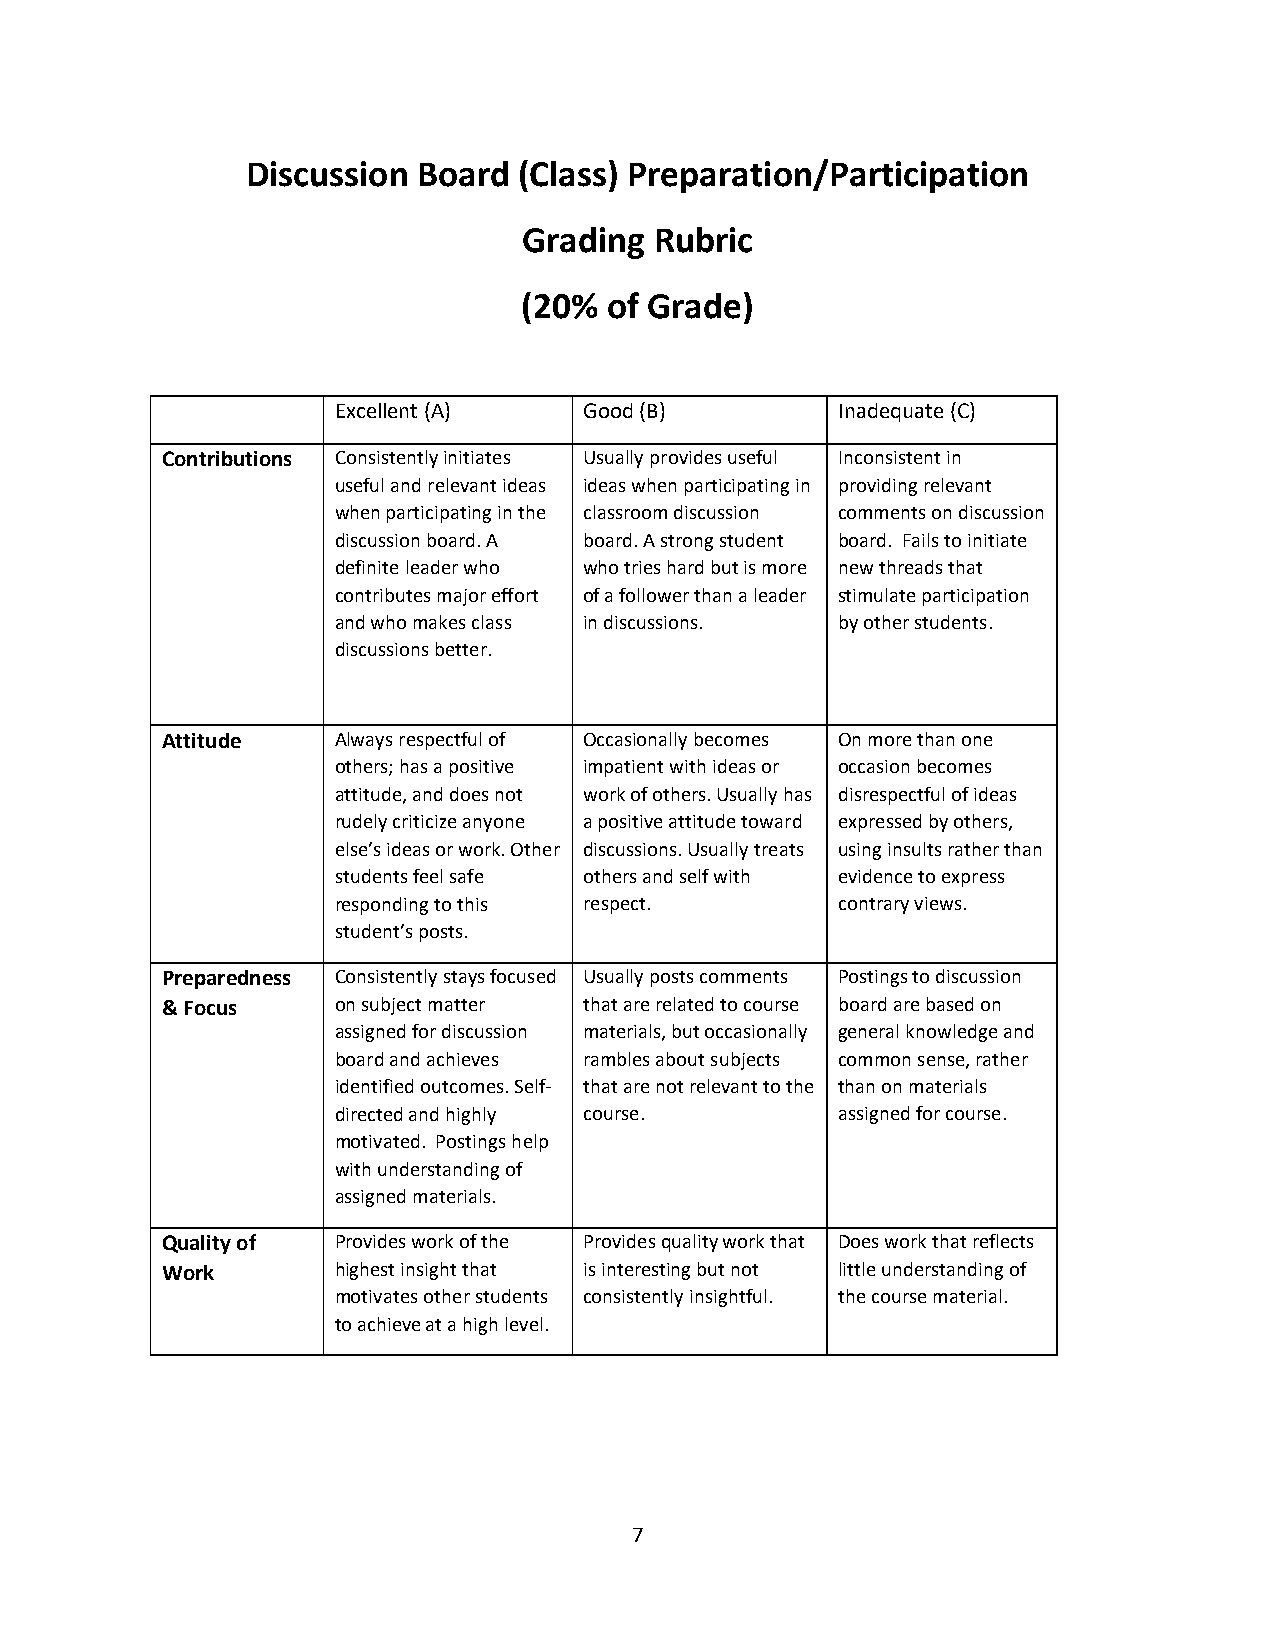
Discussion  Board (Class) Preparation/Participation
 Grading Rubric
 (20% of Grade)
 Excellent (A)    Good (B)        Inadequate (C)
 Contributions Consistently initiates Usually provides useful Inconsistent in
 useful and relevant ideas ideas when participating in providing relevant
 when participating in the classroom discussion comments on discussion
 discussion board. A board. A strong student board. Fails to initiate
 definite leader who who tries hard but is more new threads that
 contributes major effort of a follower than a leader stimulate participation
 and who makes class in discussions. by other students.
 discussions better.
 Attitude   Always respectful of Occasionally becomes On more than one
 others; has a positive impatient with ideas or occasion becomes
 attitude, and does not work of others. Usually has disrespectful of ideas
 rudely criticize anyone a positive attitude toward expressed by others,
 else’s ideas or work. Other discussions. Usually treats using insults rather than
 students feel safe others and self with evidence to express
 responding to this respect.      contrary views.
 student’s posts.
 Preparedness Consistently stays focused Usually posts comments Postings to discussion
 & Focus    on subject matter that are related to course board are based on
 assigned for discussion materials, but occasionally general knowledge and
 board and achieves rambles about subjects common sense, rather
 identified outcomes. Self- that are not relevant to the than on materials
 directed and highly course.      assigned for course.
 motivated. Postings help
 with understanding of
 assigned materials.
 Quality of Provides work of the Provides quality work that Does work that reflects
 Work       highest insight that is interesting but not little understanding of
 motivates other students consistently insightful. the course material.
 to achieve at a high level.
 7